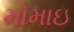
મોમાઇ